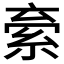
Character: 𬗐